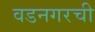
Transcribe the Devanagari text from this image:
वडनगरची